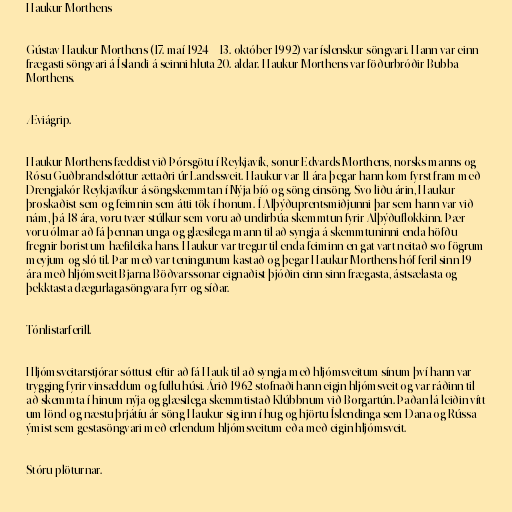
Haukur Morthens

Gústav Haukur Morthens (17. maí 1924 – 13. október 1992) var íslenskur söngvari. Hann var einn
frægasti söngvari á Íslandi á seinni hluta 20. aldar. Haukur Morthens var föðurbróðir Bubba
Morthens.

Æviágrip.

Haukur Morthens fæddist við Þórsgötu í Reykjavík, sonur Edvards Morthens, norsks manns og
Rósu Guðbrandsdóttur ættaðri úr Landssveit. Haukur var 11 ára þegar hann kom fyrst fram með
Drengjakór Reykjavíkur á söngskemmtan í Nýja bíó og söng einsöng. Svo liðu árin, Haukur
þroskaðist sem og feimnin sem átti tök í honum. Í Alþýðuprentsmiðjunni þar sem hann var við
nám, þá 18 ára, voru tvær stúlkur sem voru að undirbúa skemmtun fyrir Alþýðuflokkinn. Þær
voru ólmar að fá þennan unga og glæsilega mann til að syngja á skemmtuninni enda höfðu
fregnir borist um hæfileika hans. Haukur var tregur til enda feiminn en gat vart neitað svo fögrum
meyjum og sló til. Þar með var teningunum kastað og þegar Haukur Morthens hóf feril sinn 19
ára með hljómsveit Bjarna Böðvarssonar eignaðist þjóðin einn sinn frægasta, ástsælasta og
þekktasta dægurlagasöngvara fyrr og síðar.

Tónlistarferill.

Hljómsveitarstjórar sóttust eftir að fá Hauk til að syngja með hljómsveitum sínum því hann var
trygging fyrir vinsældum og fullu húsi. Árið 1962 stofnaði hann eigin hljómsveit og var ráðinn til
að skemmta í hinum nýja og glæsilega skemmtistað Klúbbnum við Borgartún. Þaðan lá leiðin vítt
um lönd og næstu þrjátíu ár söng Haukur sig inn í hug og hjörtu Íslendinga sem Dana og Rússa
ýmist sem gestasöngvari með erlendum hljómsveitum eða með eigin hljómsveit.

Stóru plöturnar.